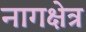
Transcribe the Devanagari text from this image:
नागक्षेत्र